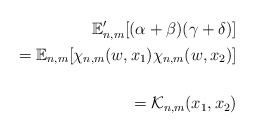
\begin{align*}\mathbb{E}_{n,m}'[(\alpha + \beta ) (\gamma + \delta)]\\= \mathbb{E}_{n,m} [\chi_{n,m} (w, x_1) \chi_{n,m} (w, x_2)] \\\\= \mathcal{K}_{n,m}(x_1, x_2)\end{align*}